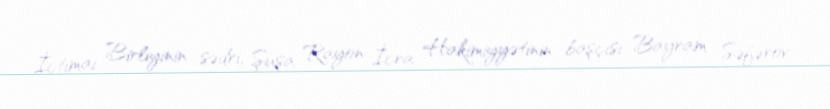
İctimai Birliyinin sədri, Şuşa Rayon İcra Hakimiyyətinin başçısı Bayram Səfərov